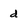
Character: d